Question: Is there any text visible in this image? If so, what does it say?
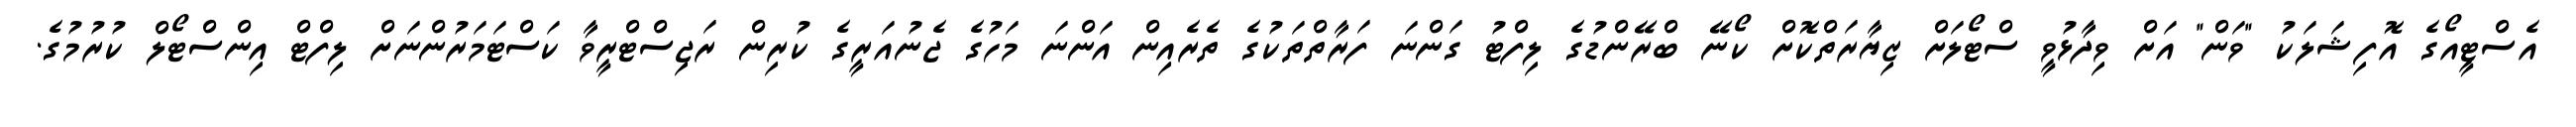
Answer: އެސްޓީއޯގެ އޮފިޝަލަކު "ވަން" އަށް ވިދާޅުވީ ސްޓޯލަށް ޒިޔާރަތްކޮށް ކޯނޭ ބްރޭންޑުގެ ލިފްޓު ގަންނަ ފަރާތްތަކުގެ ތެރެއިން އަންނަ މަހުގެ ޖެނުއަރީގެ ކުރިން ރަޖިސްޓްރީވާ ކަސްޓަމަރުންނަށް ލިފްޓް އިންސްޓޯލް ކުރުމުގެ.